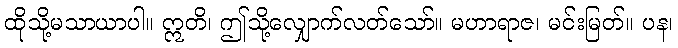
ထိုသို့မသာယာပါ။ ဣတိ၊ ဤသို့လျှောက်လတ်သော်။ မဟာရာဇ၊ မင်းမြတ်။ ပန၊